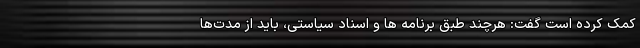
کمک کرده است گفت: هرچند طبق برنامه ها و اسناد سیاستی، باید از مدت‌ها